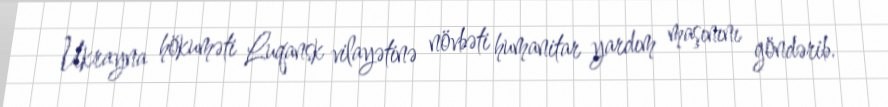
Ukrayna hökuməti Luqansk vilayətinə növbəti humanitar yardım maşınını göndərib.